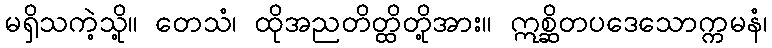
မရှိသကဲ့သို့။ တေသံ၊ ထိုအညတိတ္ထိတို့အား။ ဣစ္ဆိတပဒေသောက္ကမနံ၊